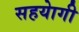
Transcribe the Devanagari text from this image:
सहयाेगी